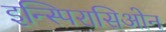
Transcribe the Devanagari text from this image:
इन्स्पिरासिओन